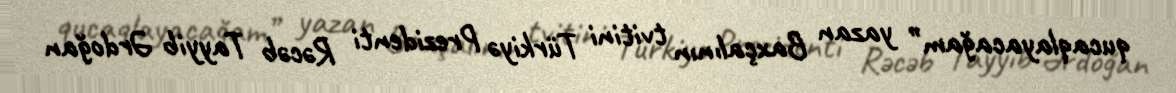
qucaqlayacağam” yazan Baxçalının tvitini Türkiyə Prezidenti Rəcəb Tayyib Ərdoğan